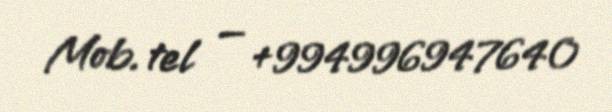
Mob. tel — +994996947640